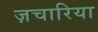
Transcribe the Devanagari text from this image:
ज़चारिया